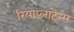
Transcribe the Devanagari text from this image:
रियोप्लाटेन्स